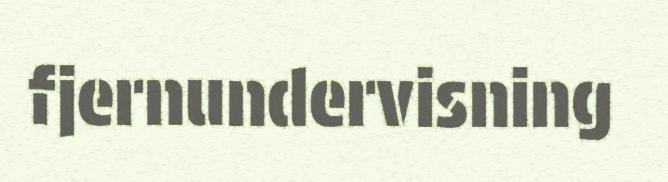
fjernundervisning